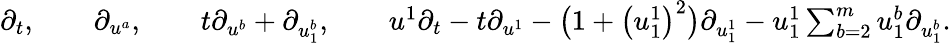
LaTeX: \begin{array}{r}{\partial_{t},\qquad\partial_{u^{a}},\qquad t\partial_{u^{b}}+\partial_{u_{1}^{b}},\qquad u^{1}\partial_{t}-t\partial_{u^{1}}-\bigl(1+\bigl(u_{1}^{1}\bigr)^{2}\bigr)\partial_{u_{1}^{1}}-u_{1}^{1}\sum_{b=2}^{m}u_{1}^{b}\partial_{u_{1}^{b}}.}\end{array}